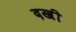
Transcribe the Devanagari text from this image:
दखी